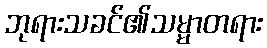
ဘုရားသခင်၏သမ္မာတရား